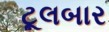
ટૂલબાર